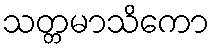
သတ္တမာသိကော